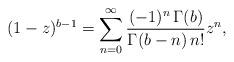
LaTeX: \begin{align*}(1-z)^{b-1}=\sum^{\infty}_{n=0}\frac{(-1)^{n}\,\Gamma(b) }{\Gamma(b-n)\,n!}z^n,\end{align*}